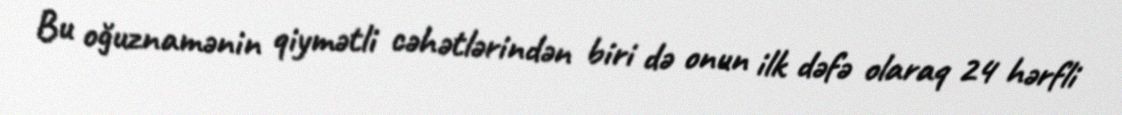
Bu oğuznamənin qiymətli cəhətlərindən biri də onun ilk dəfə olaraq 24 hərfli